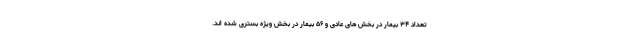
تعداد ۳۴ بیمار در بخش های عادی و ۵۶ بیمار در بخش ویژه بستری شده اند.